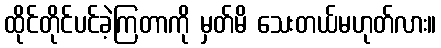
ထိုင်တိုင်ပင်ခဲ့ကြတာကို မှတ်မိ သေးတယ်မဟုတ်လား။